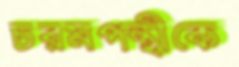
চরমপন্থীকে